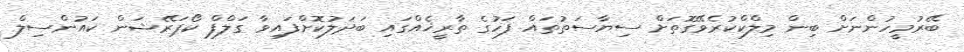
ބޭރުމީހުންނަށް ބިން މިލްކްކުރެވޭގޮތަށް ސިޔާސަތުތައް ފަހުގެ ތާރީޚެއްގައި ބަދަލުކޮށްފައިވާ ގަލްފް ކޯޕަރޭޝަން ކައުންސިލް